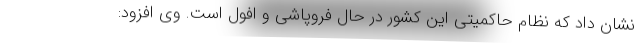
نشان داد که نظام حاکمیتی این کشور در حال فروپاشی و افول است. وی افزود: